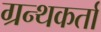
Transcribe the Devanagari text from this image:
ग्रन्थकर्ता